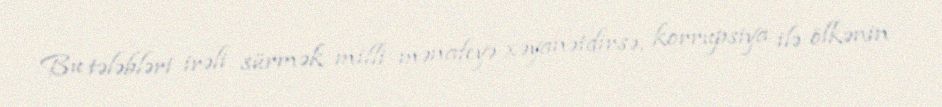
Bu tələbləri irəli sürmək milli mənafeyə xəyanətdirsə, korrupsiya ilə ölkənin